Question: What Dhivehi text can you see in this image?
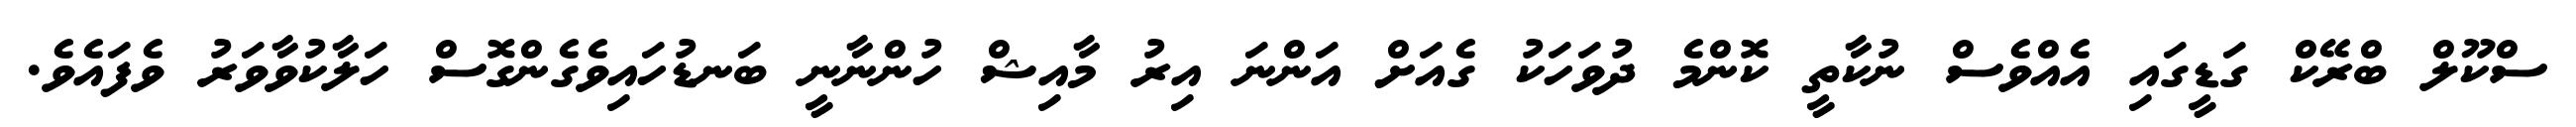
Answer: ސްކޫލް ބްރޭކް ގަޑީގައި އެއްވެސް ނުކާތީ ކޮންމެ ދުވަހަކު ގެއަށް އަންނަ އިރު މާއިޝް ހުންނާނީ ބަނޑުހައިވެގެންގޮސް ހަލާކުވާވަރު ވެފައެވެ.